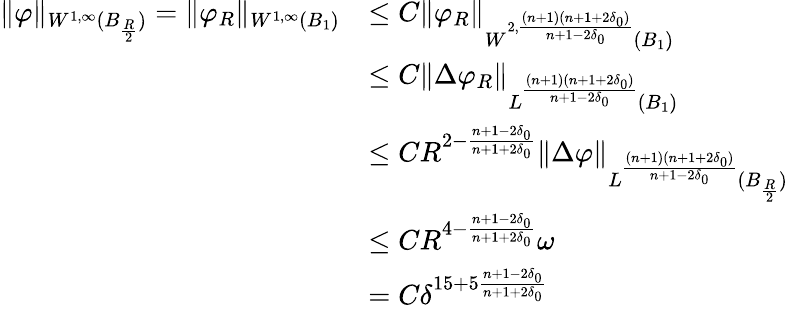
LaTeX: \begin{array}{rl}{\| \varphi\| _{W^{1,\infty}(B_{\frac{R}{2}})}=\| \varphi_{R}\| _{W^{1,\infty}(B_{1})}}&{\leq C\| \varphi_{R}\| _{W^{2,\frac{(n+1)(n+1+2\delta_{0})}{n+1-2\delta_{0}}}(B_{1})}}\\ &{\leq C\| \Delta\varphi_{R}\| _{L^{\frac{(n+1)(n+1+2\delta_{0})}{n+1-2\delta_{0}}}(B_{1})}}\\ &{\leq CR^{2-\frac{n+1-2\delta_{0}}{n+1+2\delta_{0}}}\| \Delta\varphi\| _{L^{\frac{(n+1)(n+1+2\delta_{0})}{n+1-2\delta_{0}}}(B_{\frac{R}{2}})}}\\ &{\leq CR^{4-\frac{n+1-2\delta_{0}}{n+1+2\delta_{0}}}\omega}\\ &{=C\delta^{15+5\frac{n+1-2\delta_{0}}{n+1+2\delta_{0}}}}\end{array}